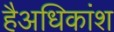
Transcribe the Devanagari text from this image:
हैअधिकांश